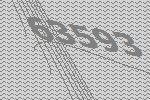
63593